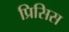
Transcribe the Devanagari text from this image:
प्रिसिस